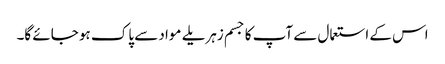
اس کے استعمال سے آپ کا جسم زہریلے مواد سے پاک ہو جائے گا۔